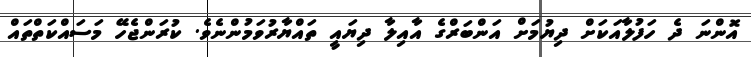
އޮންނަ ދެ ހަފުލާއަކަށް ދިޔުމަށް އަންބަރްގެ އާއިލާ ދިޔައީ ތައްޔާރުވަމުންނެވެ. ކުރަންޖެހޭ މަސައްކަތްތައް